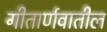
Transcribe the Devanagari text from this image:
गीतार्णवातील